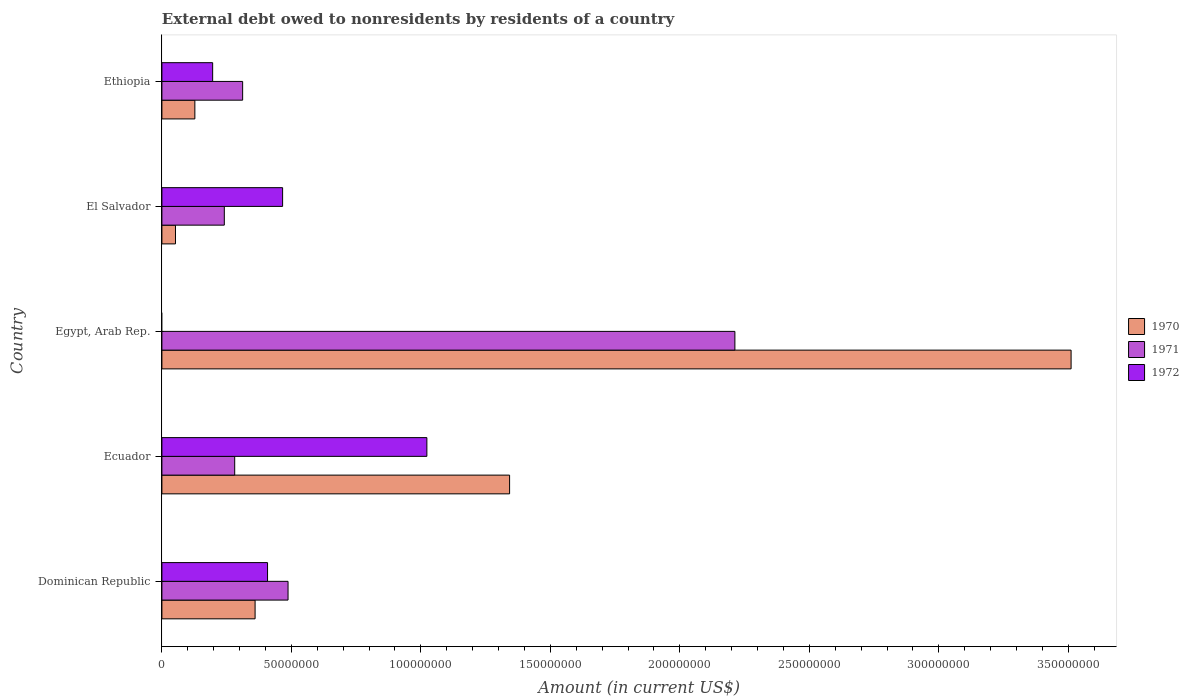
| Country | 1970 | 1971 | 1972 |
 | --- | --- | --- | --- |
 | Dominican Republic | 3.6e+07 | 4.87e+07 | 4.08e+07 |
 | Ecuador | 1.34e+08 | 2.81e+07 | 1.02e+08 |
 | Egypt, Arab Rep. | 3.51e+08 | 2.21e+08 | -9.21e+07 |
 | El Salvador | 5.25e+06 | 2.41e+07 | 4.66e+07 |
 | Ethiopia | 1.27e+07 | 3.12e+07 | 1.96e+07 |